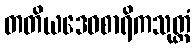
တတိယဒေဝစာရိကသုတ္တံ